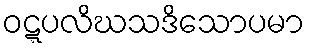
ဝဋ္ဋပလိဃသဒိသောပမာ